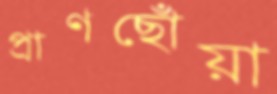
প্রাণছোঁয়া